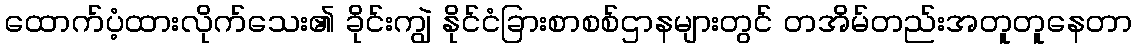
ထောက်ပံ့ထားလိုက်သေး၏ ခိုင်းကျွဲ နိုင်ငံခြားစာစစ်ဌာနများတွင် တအိမ်တည်းအတူတူနေတာ